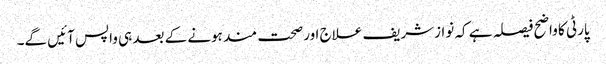
پارٹی کا واضح فیصلہ ہے کہ نوازشریف علاج اور صحت مند ہونے کے بعد ہی واپس آئیں گے۔